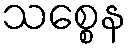
သစ္စေန